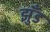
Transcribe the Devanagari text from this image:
झुँड